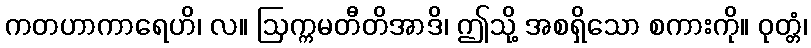
ကတဟာကာရေဟိ၊ လ။ ဩက္ကမတီတိအာဒိ၊ ဤသို့ အစရှိသော စကားကို။ ဝုတ္တံ၊